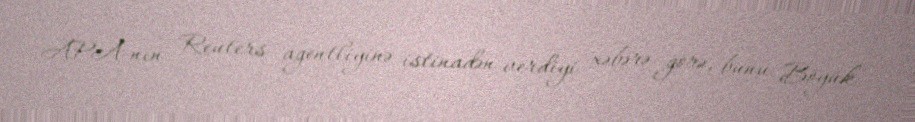
APA-nın Reuters agentliyinə istinadən verdiyi xəbərə görə, bunu Böyük